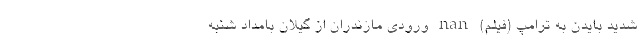
شدید بایدن به ترامپ (فیلم) nan ورودی مازندران از گیلان بامداد شنبه